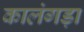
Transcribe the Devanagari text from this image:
कालंगड़ा